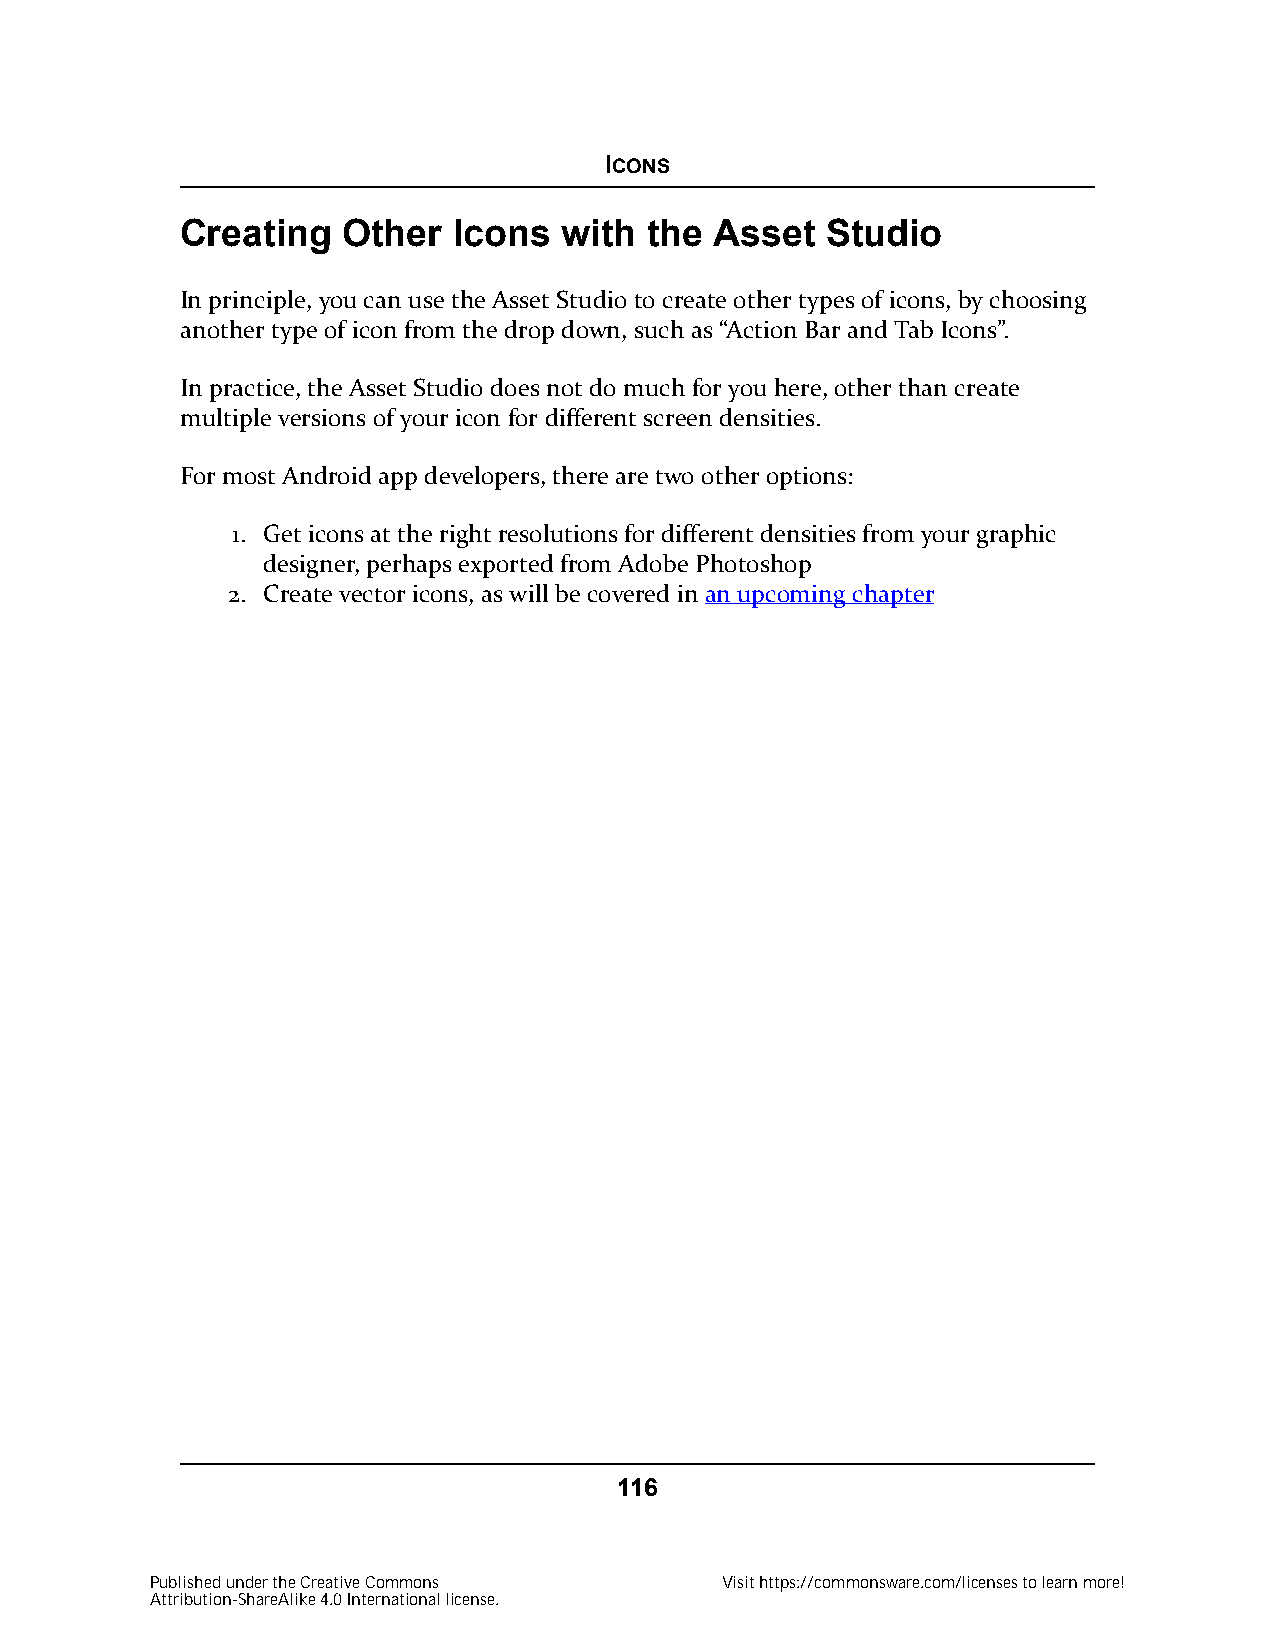
ICONS
 Creating   Other  Icons  with  the Asset   Studio
 In principle, you can use the Asset Studio to create other types of icons, by choosing
 another type of icon from the drop down, such as “Action Bar and Tab Icons”.
 In practice, the Asset Studio does not do much for you here, other than create
 multiple versions of your icon for different screen densities.
 For most Android app developers, there are two other options:
 1. Get icons at the right resolutions for different densities from your graphic
 designer, perhaps exported from Adobe Photoshop
 2. Create vector icons, as will be covered in an upcoming chapter
 116
 Published under the Creative Commons  Visit https://commonsware.com/licenses to learn more!
 Attribution-ShareAlike 4.0 International license.